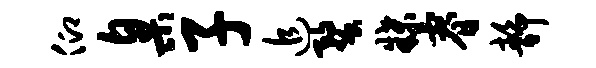
仰臬子追蝥牒睿静